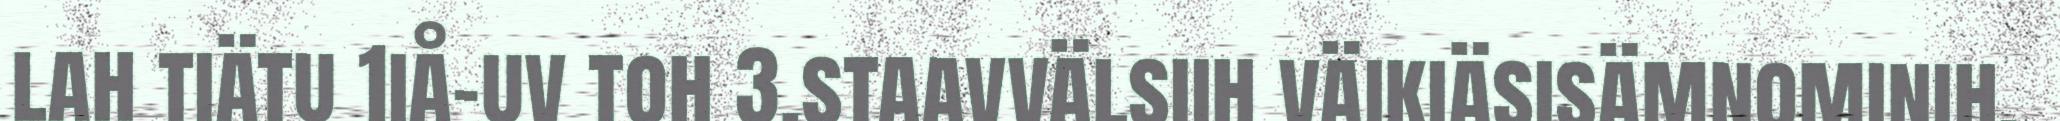
lah tiätu 1iå-uv toh 3.staavvälsiih väikiäsisämnominih.